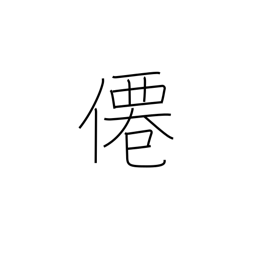
Meaning: hermit